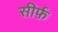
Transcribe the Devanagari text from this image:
सीर्फ़